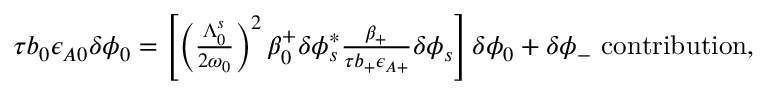
\begin{array} { r } { \tau b _ { 0 } \epsilon _ { A 0 } \delta \phi _ { 0 } = \left[ \left( \frac { \Lambda _ { 0 } ^ { s } } { 2 \omega _ { 0 } } \right) ^ { 2 } \beta _ { 0 } ^ { + } \delta \phi _ { s } ^ { * } \frac { \beta _ { + } } { \tau b _ { + } \epsilon _ { A + } } \delta \phi _ { s } \right] \delta \phi _ { 0 } + \delta \phi _ { - } \ \mathrm { c o n t r i b u t i o n } , } \end{array}